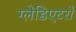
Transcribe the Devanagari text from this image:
ग्लेडिएटरों